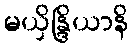
မယှိန္ဒြိယာနိ